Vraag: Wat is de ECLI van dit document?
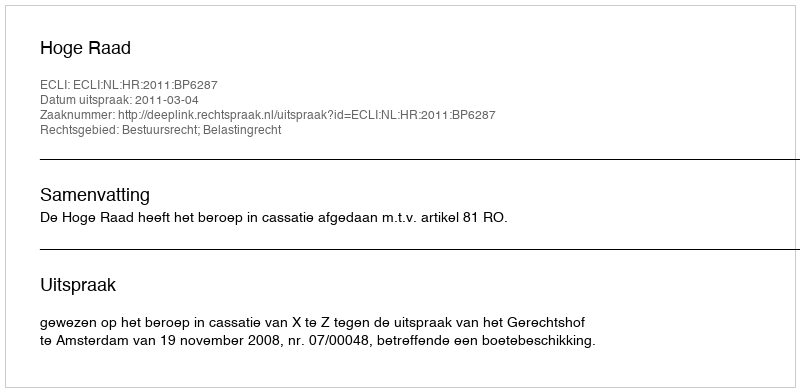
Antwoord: ECLI:NL:HR:2011:BP6287